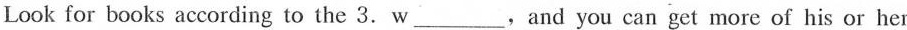
Look for books according to the 3. w___, and you can get more of his or her